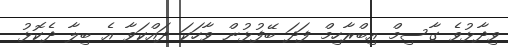
ވިދާޅުވެ ގާސިމް އިބްރާހިމް ފަދަ ބޭފުޅުން ވާހަކަ ދައްކަވާ އެ ބިލާ ދެކޮޅު